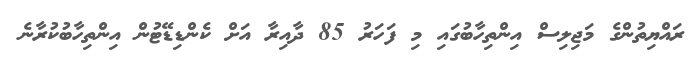
ރައްޔިތުންގެ މަޖިލިސް އިންތިހާބުގައި މި ފަހަރު 85 ދާއިރާ އަށް ކެންޑިޑޭޓުން އިންތިހާބުކުރާނެ